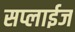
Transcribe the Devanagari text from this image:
सप्लाईज